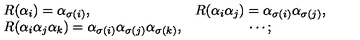
\begin{array} { l c } { R ( \alpha _ { i } ) = \alpha _ { \sigma ( i ) } , } & { R ( \alpha _ { i } \alpha _ { j } ) = \alpha _ { \sigma ( i ) } \alpha _ { \sigma ( j ) } , } \\ { R ( \alpha _ { i } \alpha _ { j } \alpha _ { k } ) = \alpha _ { \sigma ( i ) } \alpha _ { \sigma ( j ) } \alpha _ { \sigma ( k ) } , } & { \cdots ; } \\ \end{array}